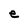
Character: e